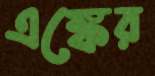
এঙ্কের